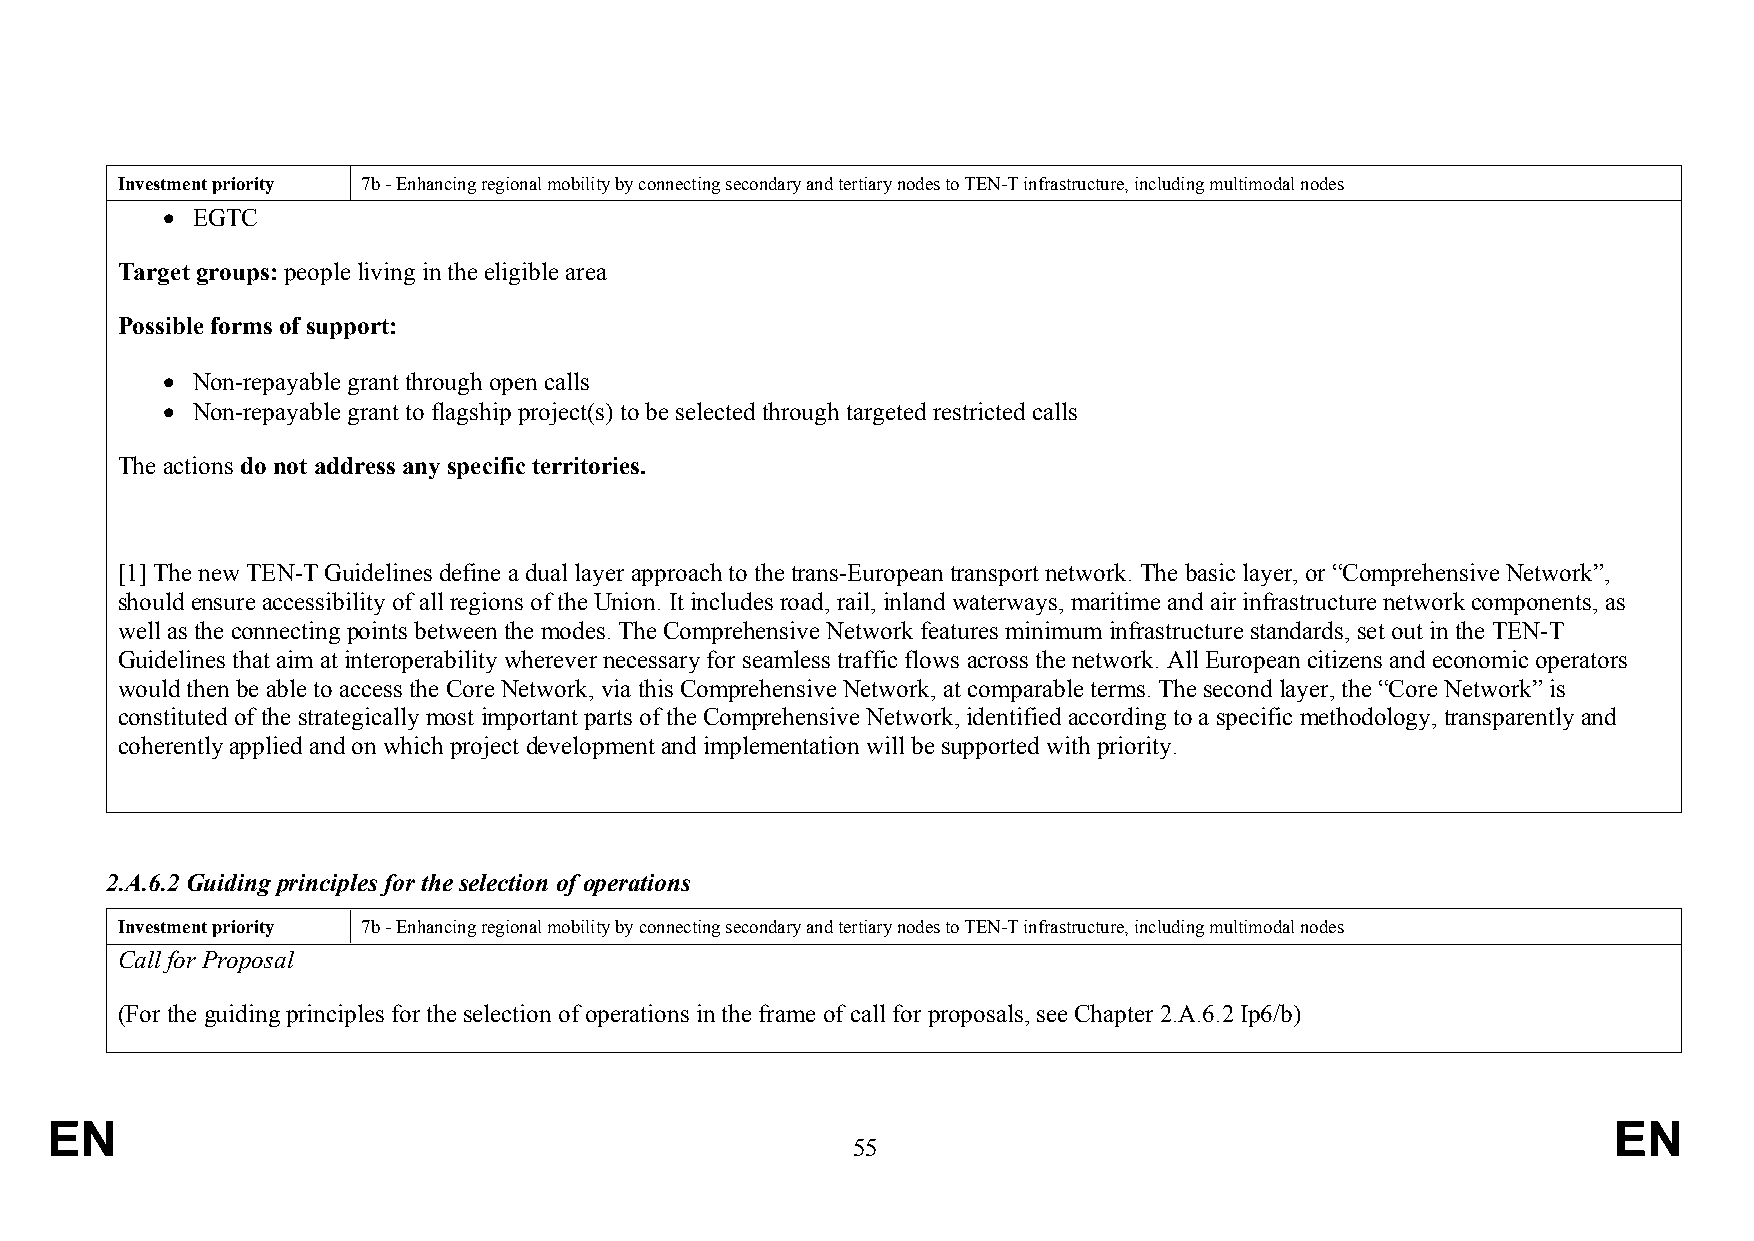
Investment priority 7b - Enhancing regional mobility by connecting secondary and tertiary nodes to TEN-T infrastructure, including multimodal nodes
  EGTC
 Target groups: people living in the eligible area
 Possible forms of support:
  Non-repayable grant through open calls
  Non-repayable grant to flagship project(s) to be selected through targeted restricted calls
 The actions do not address any specific territories.
 [1] The new TEN-T Guidelines define a dual layer approach to the trans-European transport network. The basic layer, or “Comprehensive Network”,
 should ensure accessibility of all regions of the Union. It includes road, rail, inland waterways, maritime and air infrastructure network components, as
 well as the connecting points between the modes. The Comprehensive Network features minimum infrastructure standards, set out in the TEN-T
 Guidelines that aim at interoperability wherever necessary for seamless traffic flows across the network. All European citizens and economic operators
 would then be able to access the Core Network, via this Comprehensive Network, at comparable terms. The second layer, the “Core Network” is
 constituted of the strategically most important parts of the Comprehensive Network, identified according to a specific methodology, transparently and
 coherently applied and on which project development and implementation will be supported with priority.
 2.A.6.2 Guiding principles for the selection of operations
 Investment priority 7b - Enhancing regional mobility by connecting secondary and tertiary nodes to TEN-T infrastructure, including multimodal nodes
 Call for Proposal
 (For the guiding principles for the selection of operations in the frame of call for proposals, see Chapter 2.A.6.2 Ip6/b)
 EN                                                                                                      EN
 55